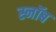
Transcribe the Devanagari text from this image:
स्नॉब